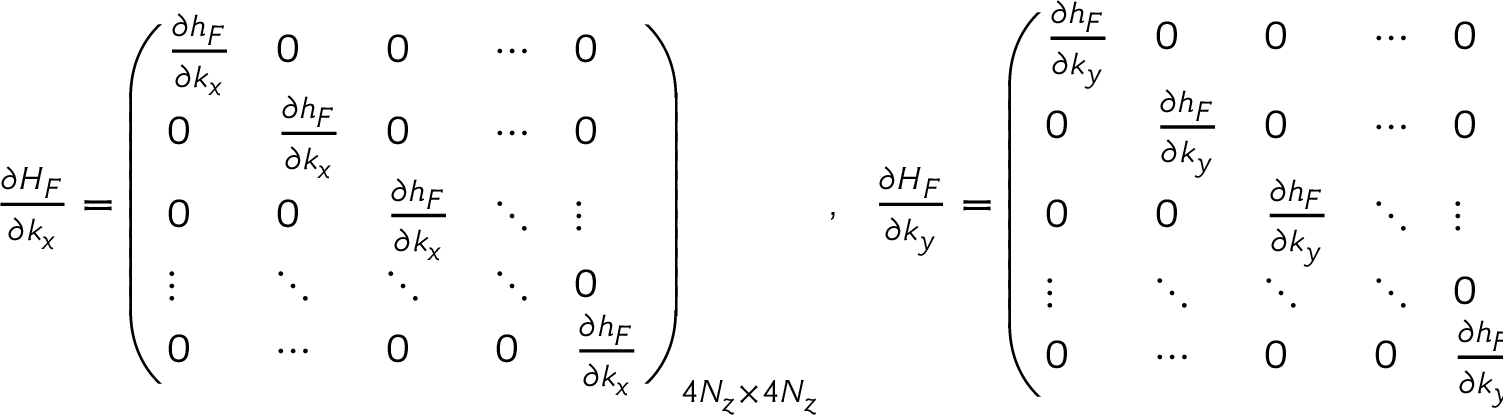
\begin{array} { r } { \frac { \partial { \cal H } _ { F } } { \partial k _ { x } } = \left( \begin{array} { l l l l l } { \frac { \partial h _ { F } } { \partial k _ { x } } } & { 0 } & { 0 } & { \cdots } & { 0 } \\ { 0 } & { \frac { \partial h _ { F } } { \partial k _ { x } } } & { 0 } & { \cdots } & { 0 } \\ { 0 } & { 0 } & { \frac { \partial h _ { F } } { \partial k _ { x } } } & { \ddots } & { \vdots } \\ { \vdots } & { \ddots } & { \ddots } & { \ddots } & { 0 } \\ { 0 } & { \cdots } & { 0 } & { 0 } & { \frac { \partial h _ { F } } { \partial k _ { x } } } \end{array} \right) _ { 4 N _ { z } \times 4 N _ { z } } , ~ ~ \frac { \partial { \cal H } _ { F } } { \partial k _ { y } } = \left( \begin{array} { l l l l l } { \frac { \partial h _ { F } } { \partial k _ { y } } } & { 0 } & { 0 } & { \cdots } & { 0 } \\ { 0 } & { \frac { \partial h _ { F } } { \partial k _ { y } } } & { 0 } & { \cdots } & { 0 } \\ { 0 } & { 0 } & { \frac { \partial h _ { F } } { \partial k _ { y } } } & { \ddots } & { \vdots } \\ { \vdots } & { \ddots } & { \ddots } & { \ddots } & { 0 } \\ { 0 } & { \cdots } & { 0 } & { 0 } & { \frac { \partial h _ { F } } { \partial k _ { y } } } \end{array} \right) _ { 4 N _ { z } \times 4 N _ { z } } , } \end{array}